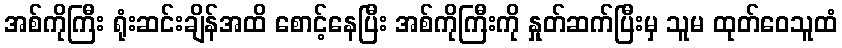
အစ်ကိုကြီး ရုံးဆင်းချိန်အထိ စောင့်နေပြီး အစ်ကိုကြီးကို နှုတ်ဆက်ပြီးမှ သူမ ထုတ်ဝေသူထံ